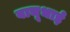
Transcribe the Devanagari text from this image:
बाचूभाई